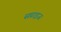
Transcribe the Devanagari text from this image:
सप्राइज